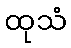
ထုသံ